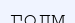
голм